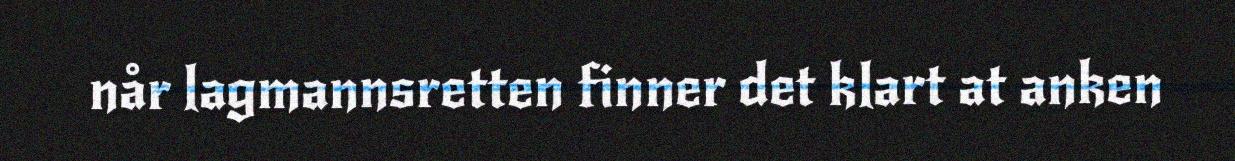
når lagmannsretten finner det klart at anken